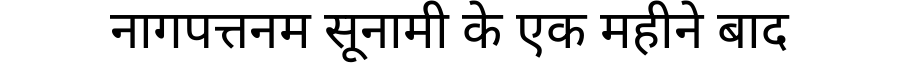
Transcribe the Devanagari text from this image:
नागपत्तनम सूनामी के एक महीने बाद